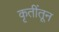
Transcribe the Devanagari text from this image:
कृतींतून